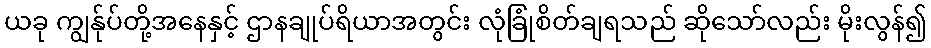
ယခု ကျွန်ုပ်တို့အနေနှင့် ဌာနချုပ်ရိယာအတွင်း လုံခြုံစိတ်ချရသည် ဆိုသော်လည်း မိုးလွန်၍